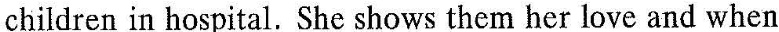
children in hospital. She shows them her love and when